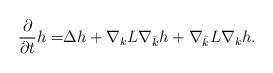
LaTeX: \begin{align*}\frac{\partial}{\partial t}h=&\Delta h+\nabla_{k}L\nabla_{\bar{k}}h+\nabla_{\bar{k}}L\nabla_{k}h.\end{align*}